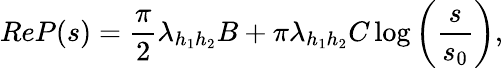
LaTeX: ReP(s)=\frac{\pi}{2}\lambda_{h_{1}h_{2}}B+\pi\lambda_{h_{1}h_{2}}C\log{\left({\frac{s}{s_{0}}}\right)},